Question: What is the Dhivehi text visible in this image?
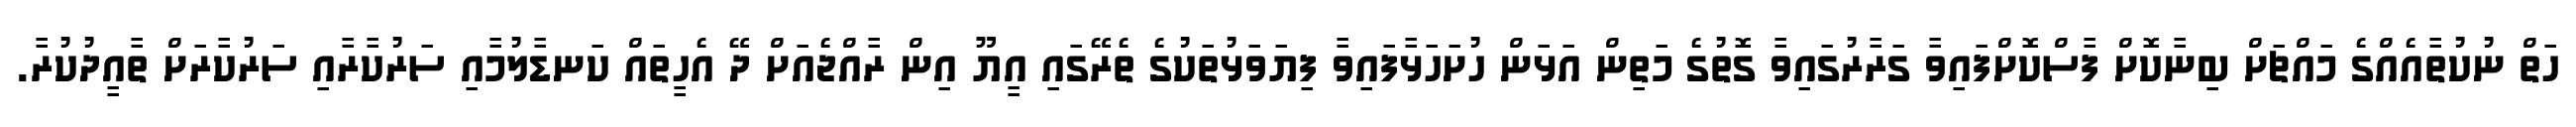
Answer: ހަތް ނުކުތާއެއްގެ މައްޗަށް ބިނާކޮށް ފާސްކޮށްފައިވާ ގަރާރުގައިވާ ގޮތުގެ މަތިން އަޅަން ހުށަހަޅާފައިވާ ފިޔަވަޅުތަކުގެ ތެރޭގައި އީޔޫ އިން ރާއްޖެއަށް ދޭ އެހީތައް ކަނޑާލުމާއި ސަރުކާރާއި ސަރުކާރަށް ތާއީދުކުރާ.